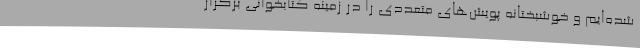
شده‌ایم و خوشبختانه پویش‌های متعددی را در زمینه کتابخوانی برگزار